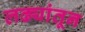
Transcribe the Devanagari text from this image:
लढ्यांतून